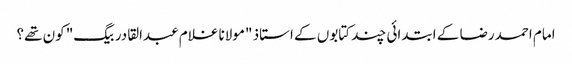
امام احمدرضا کے ابتدائی چند کتابوں کے استاذ "مولانا غلام عبدالقادر بیگ" کون تھے؟